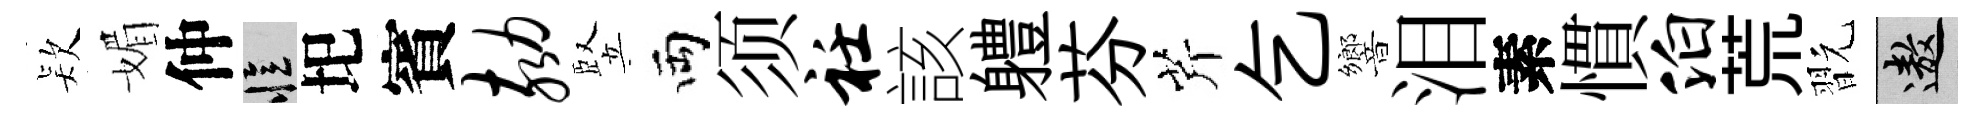
𣣇媚仲忆圯賓劾竪両须衽該軆芬芹乞響泪素慣泊荒翫遨